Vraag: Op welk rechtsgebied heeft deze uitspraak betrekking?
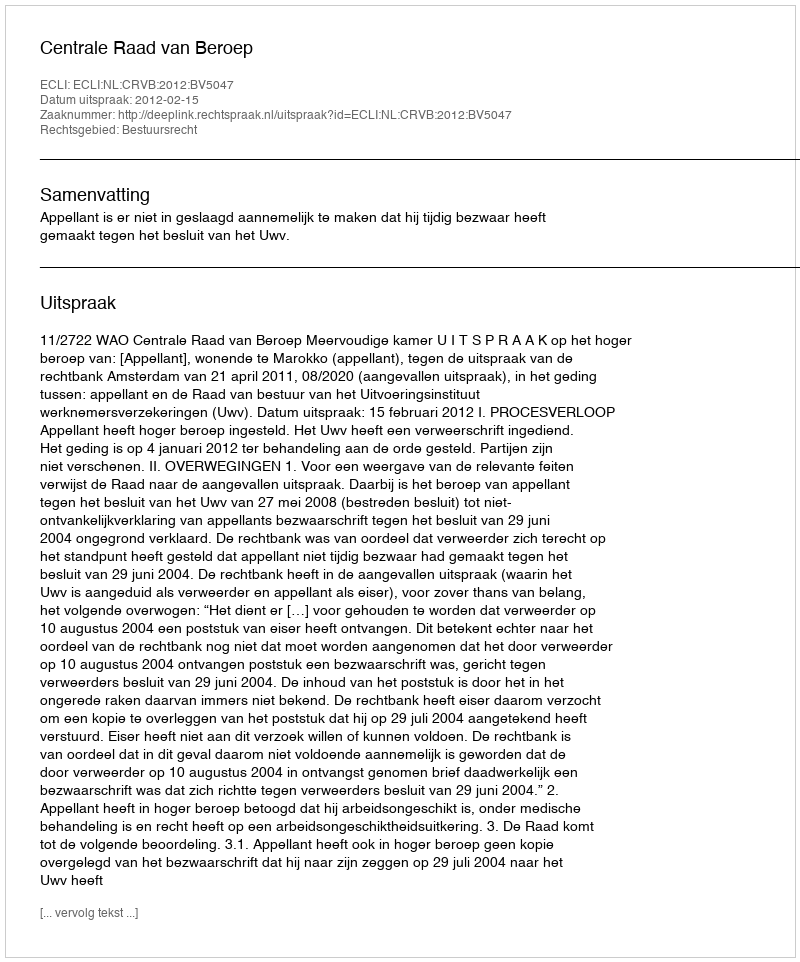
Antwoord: Bestuursrecht